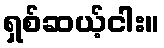
ရှစ်ဆယ့်ငါး။